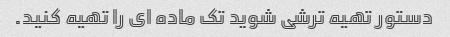
دستور تهیه ترشی شوید تک ماده ای را تهیه کنید.